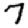
Digit: 7